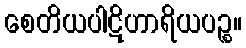
စေတိယပါဋိဟာရိယပဉ္စ။